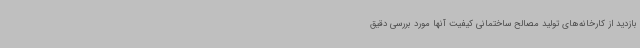
بازدید از کارخانه‌های تولید مصالح ساختمانی کیفیت آنها مورد بررسی دقیق